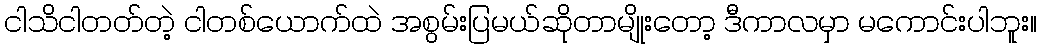
ငါသိငါတတ်တဲ့ ငါတစ်ယောက်ထဲ အစွမ်းပြမယ်ဆိုတာမျိုးတော့ ဒီကာလမှာ မကောင်းပါဘူး။